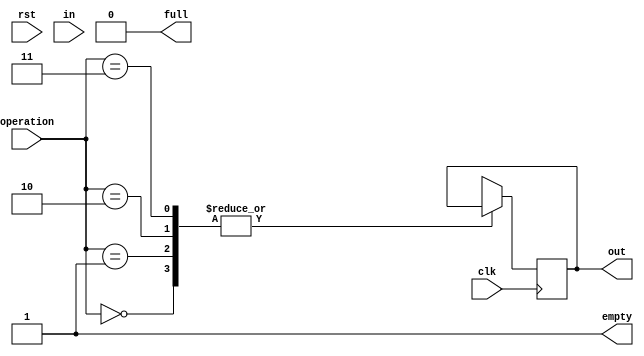
module Stack(clk, rst, operation, in, out, empty, full);
    input       clk;
    input       rst;
    input [1:0] operation;
    input [7:0] in;
    // Register
    output reg [7:0] out;
    output reg   empty;
    // Wire
    output reg   full;
    integer pointer;
    reg [7:0] memory [7:0];

    always @(rst)
    begin
        pointer = -1;
        empty = 1;
        full = 0;
    end

    always @(posedge clk)
    begin
        case(operation)
            2'b00:;
            2'b01:
                if(full === 1)
                    $display("Stack is full!\n");
                else
                    begin
                        pointer = pointer+1;
                        memory[pointer] = in;
                    end
            2'b10:
                if(empty === 1)
                    $display("Stack is empty!");
                else
                    begin
                        out = memory[pointer];
                        pointer = pointer-1;
                    end
            2'b11:
                pointer = -1;
            default;
        endcase

        begin
        if(pointer === -1)
            begin
                empty = 1;
                full = 0;
            end             
        else if(pointer === 7)
            begin
                full = 1;
            end
        else
            begin
                full = 0;
                empty = 0;
            end
        end
    end
endmodule